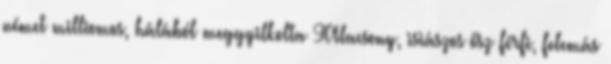
német milliomos, hálából meggyilkolta 9Alacsony, isiászos ősz férfi, felemás